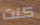
كنت